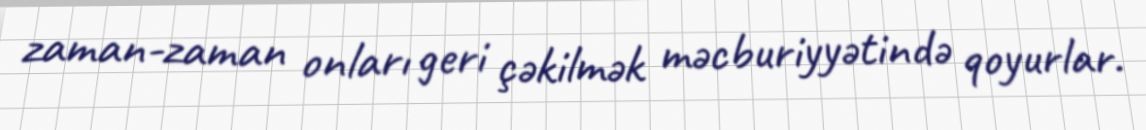
zaman-zaman onları geri çəkilmək məcburiyyətində qoyurlar.